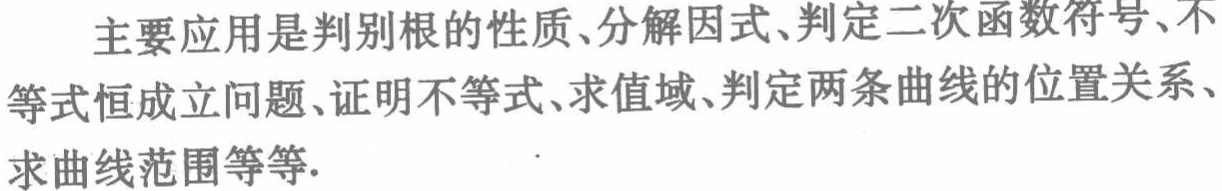
主要应用是判别根的性质、分解因式、判定二次函数符号、不等式恒成立问题、证明不等式、求值域、判定两条曲线的位置关系、求曲线范围等等.